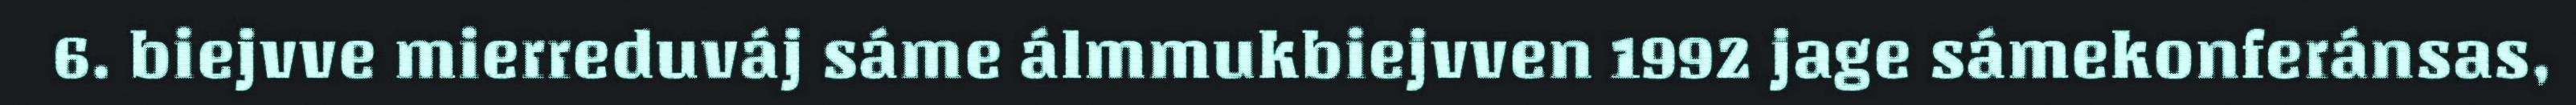
6. biejvve mierreduváj sáme álmmukbiejvven 1992 jage sámekonferánsas,